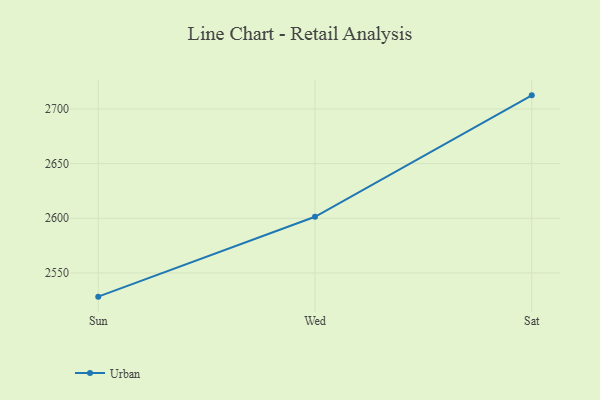
{"axis": {"x": "Day", "y": "LTV (USD)"}, "legend": ["Urban"], "data": [{"x": "Sun", "y": 2528.3, "type": "Urban"}, {"x": "Wed", "y": 2601.4, "type": "Urban"}, {"x": "Sat", "y": 2712.5, "type": "Urban"}]}